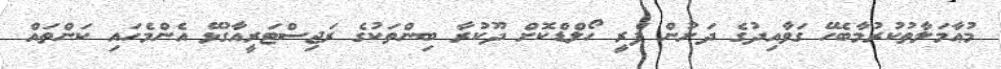
މުޢާމަލާތުކުރުމާބެހޭ ގަވާއިދުގެ ދަށުން ފްރީ ހޯލްޑްކޮށް ދޫކުރާ ބިންތަކުގެ ރަޖިސްޓަރީއާގުޅޭ އެންމެހައި ކަންތައް